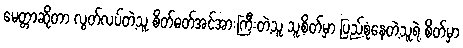
မေတ္တာဆိုတာ လွတ်လပ်တဲ့သူ စိတ်ဓတ်အင်အားကြီးတဲ့သူ သူ့စိတ်မှာ ပြည့်စုံနေတဲ့သူရဲ့ စိတ်မှာ